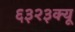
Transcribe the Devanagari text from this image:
६३२३क्यू